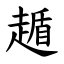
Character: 䞺